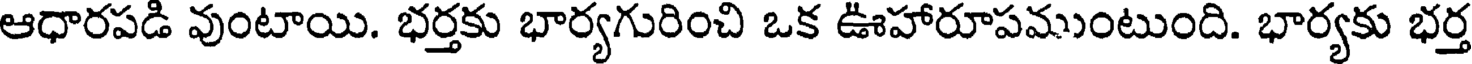
ఆధారపడి వుంటాయి. భర్తకు భార్యగురించి ఒక ఊహారూపముంటుంది. భార్యకు భర్త